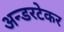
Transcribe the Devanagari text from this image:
अन्डरटेकर